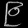
Digit: ၉